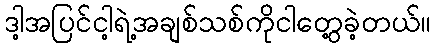
ဒါ့အပြင်ငါ့ရဲ့အချစ်သစ်ကိုငါတွေ့ခဲ့တယ်။